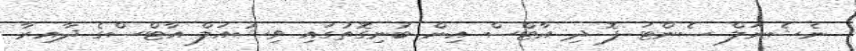
ނެޝެނަލް ސެންޓަ ފޮ ދި އާޓްސް އިން ބުނިގޮތުގައި ވިޝުއަލް އާޓްސްގެ ދާއިރާ